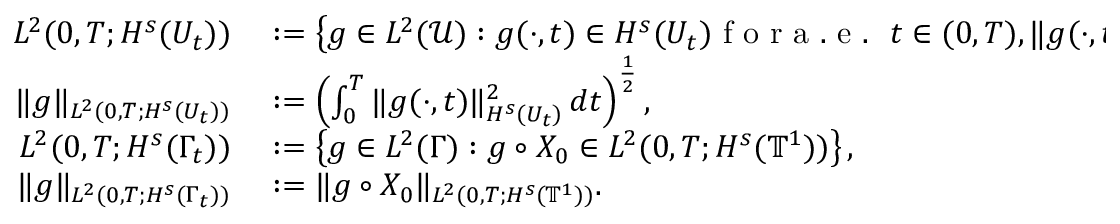
\begin{array} { r l } { L ^ { 2 } ( 0 , T ; H ^ { s } ( U _ { t } ) ) } & { { } : = \left\{ g \in L ^ { 2 } ( \mathcal { U } ) : g ( \cdot , t ) \in H ^ { s } ( U _ { t } ) \mathrm { ~ f ~ o ~ r ~ a ~ . ~ e ~ . ~ \ } t \in ( 0 , T ) , \| g ( \cdot , t ) \| _ { H ^ { s } ( U _ { t } ) } \in L ^ { 2 } ( 0 , T ) \right\} , } \\ { \| g \| _ { L ^ { 2 } ( 0 , T ; H ^ { s } ( U _ { t } ) ) } } & { { } : = \left( \int _ { 0 } ^ { T } \| g ( \cdot , t ) \| _ { H ^ { s } ( U _ { t } ) } ^ { 2 } \, d t \right) ^ { \frac 1 2 } , } \\ { L ^ { 2 } ( 0 , T ; H ^ { s } ( \Gamma _ { t } ) ) } & { { } : = \left\{ g \in L ^ { 2 } ( \Gamma ) : g \circ X _ { 0 } \in L ^ { 2 } ( 0 , T ; H ^ { s } ( \ensuremath { \mathbb { T } } ^ { 1 } ) ) \right\} , } \\ { \| g \| _ { L ^ { 2 } ( 0 , T ; H ^ { s } ( \Gamma _ { t } ) ) } } & { { } : = \| g \circ X _ { 0 } \| _ { L ^ { 2 } ( 0 , T ; H ^ { s } ( \ensuremath { \mathbb { T } } ^ { 1 } ) ) } . } \end{array}